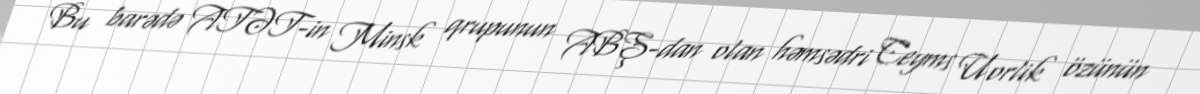
Bu barədə ATƏT-in Minsk qrupunun ABŞ-dan olan həmsədri Ceyms Uorlik özünün